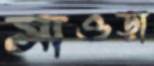
সাওড়া